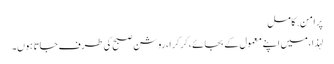
پرامن. کامل
لہذا ، میں اپنے معمول کے بجائے ، کرکرا ، روشن صبح کی طرف جاتا ہوں۔